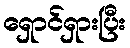
ရှောင်ရှားပြီး